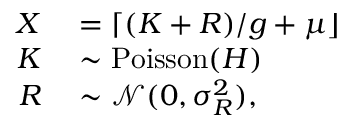
\begin{array} { r l } { X } & { { } = \lceil ( K + R ) / g + \mu \rfloor } \\ { K } & { { } \sim \operatorname { P o i s s o n } ( H ) } \\ { R } & { { } \sim \mathcal N ( 0 , \sigma _ { R } ^ { 2 } ) , } \end{array}